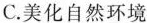
C.美化自然环境